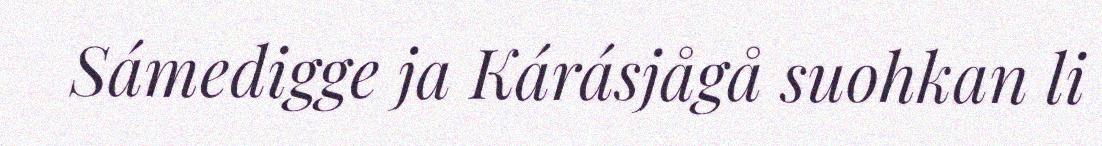
Sámedigge ja Kárásjågå suohkan li